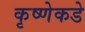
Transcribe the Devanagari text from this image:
कृष्णेकडे